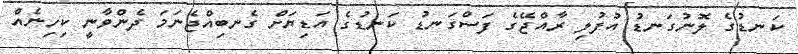
ކަނޑުގެ ލޮނުގަނޑު އުފުލި ރާއްޖޭގެ ފަސްގަނޑު ކަނޑުގެ އަޑިޔަށް ގެނބިއްޖެނަމަ ދެންވާނީ ކިހިނެއް